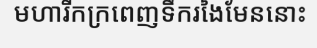
មហារីកក្រពេញទឹករងៃមែននោះ